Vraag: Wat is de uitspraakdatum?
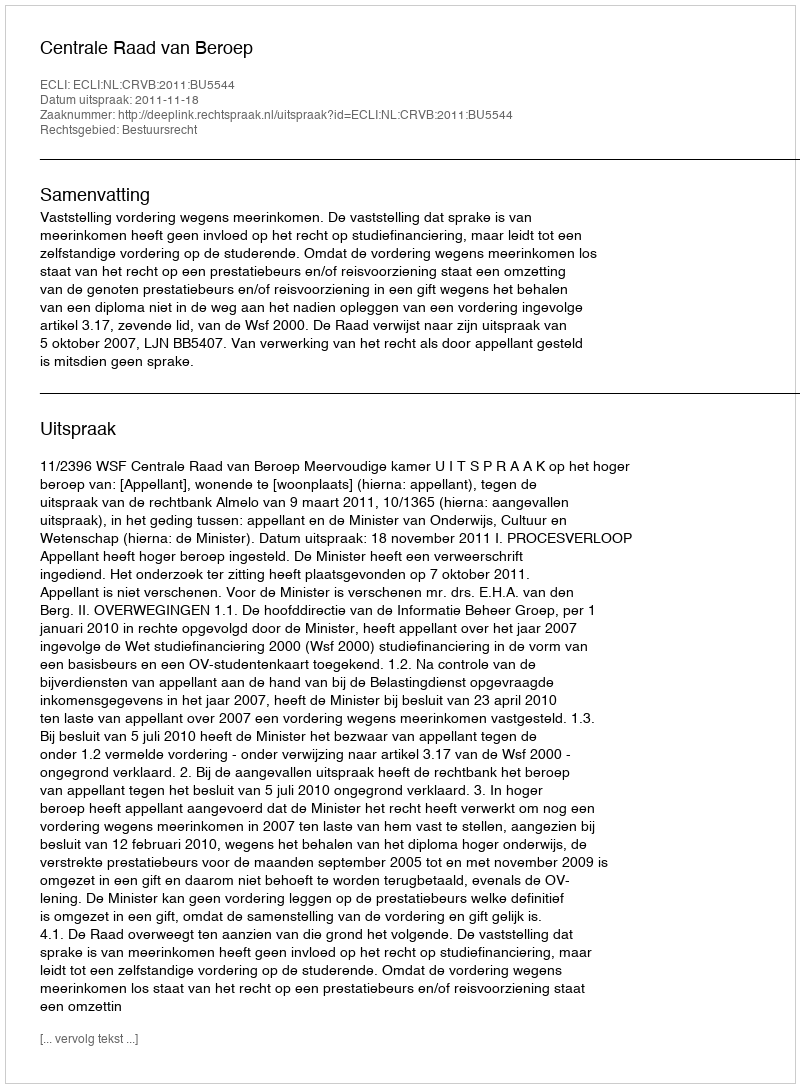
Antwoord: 2011-11-18